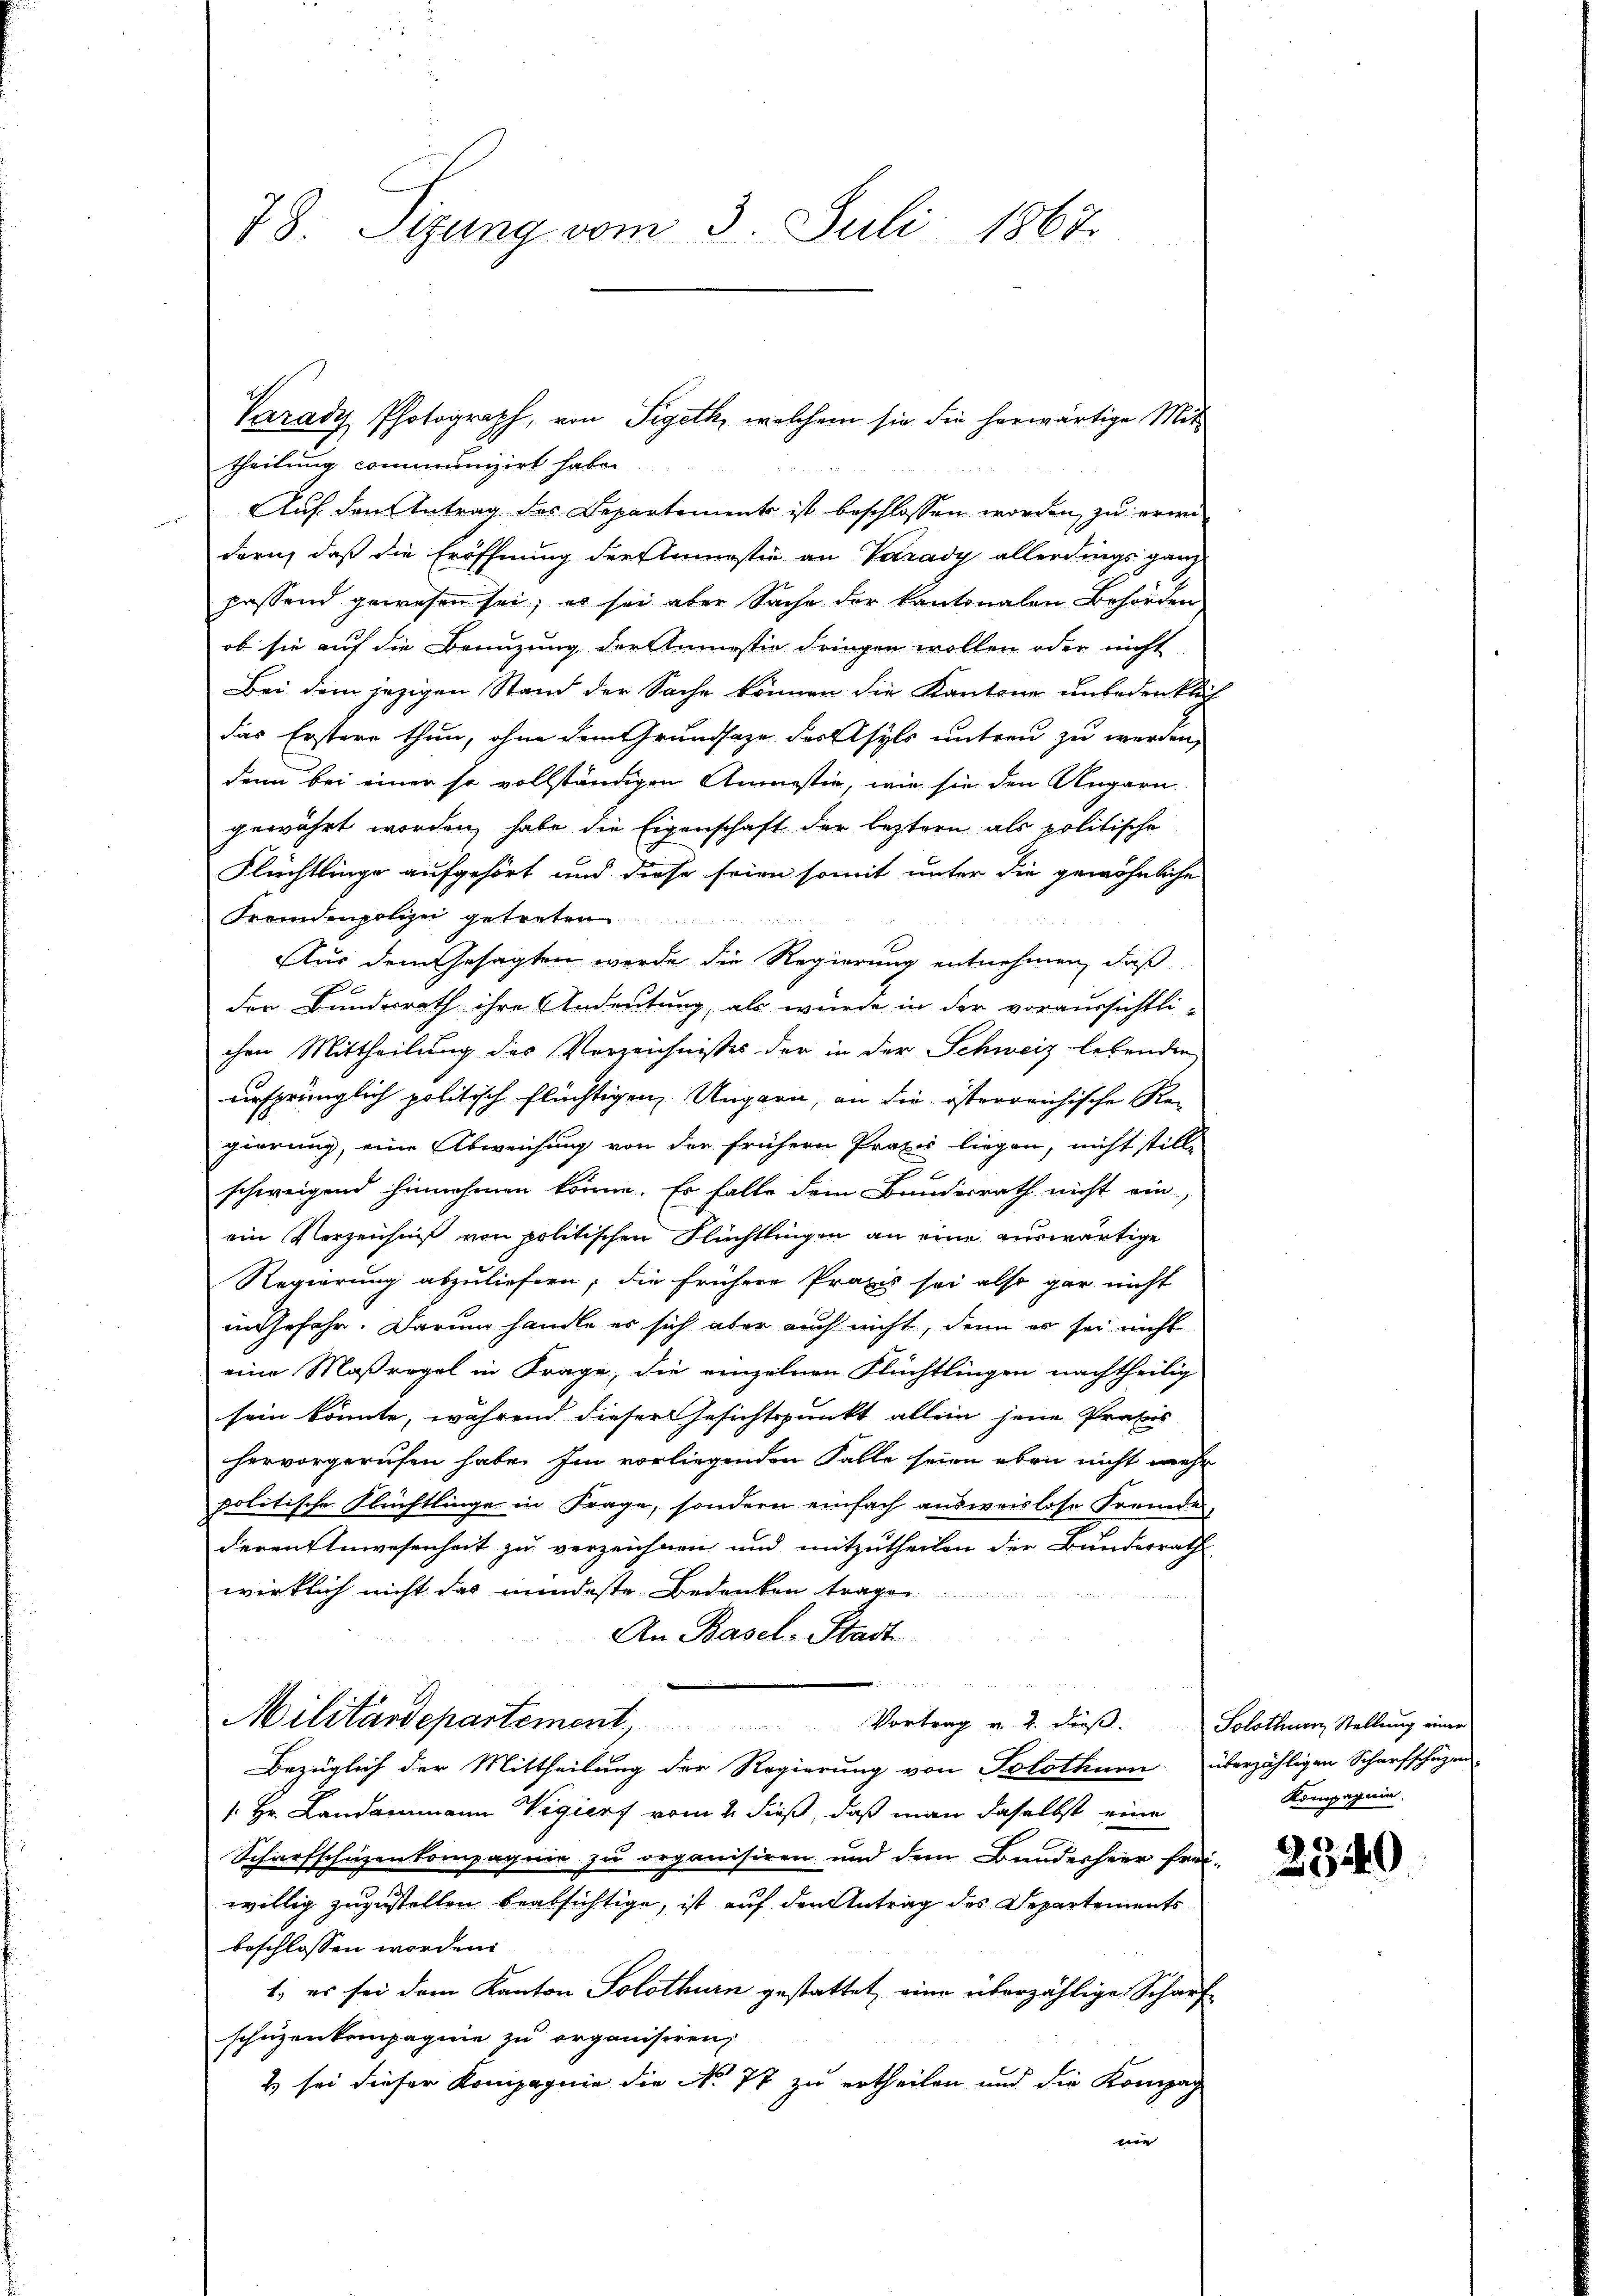
78. Sigung vom 3. Juli 1867.

Auf den Antrag des Departements ist beschlossen worden zu erwi
dern, daß die Eröffnung der Amnestie an Varady allerdings ganz
passend gewesen sei; es sei aber Sache der kantonalen Behörden
ob sie auf die Benuzung der Anmastie dringen wollen oder nicht
Bei dem jezigen Stand der Sache können die Kantone unbedenklich
das Erstere thun, ohne dem Grundsaze des Asyls untern zu werden,
dann bei einer so vollständigen Anmessin, wie sie den Angarn
gewährt worden, habe die Eigenschaft der leztern als politische
Flüchtlinge aufgehört und diese seien somit unter die gewöhnliche
Fremdenpolizei getreten
Aus dem Gesagten werde die Regierung entnehmen, daß
der Bundesrath ihre Andeutung, als wurde in der voraussichtli-
chen Mittheilung des Verzeichnisses der in der Schweiz lebenden
ursprünglich politisch flüchtigen Ungarn, an die österreichische Regierung, eine Abweichung von der frühern Praxis liegen, nicht stille
schweigend hinnehmen könne. Er falle dem Bundesrath nicht ein
ein Vorzeichniß von politischen Flüchtlingen an eine auswärtige
Regierung abzuliefern, die frühere Praxis sei also gar nicht
in Gefahr. Darum handle es sich aber auch nicht, denn es sei nicht
eine Maßregel in Frage, die einzelnen Flüchtlingen nachtheilig
sein könnte, während dieser Gesichtspunkt allein jene Praxis
hervorgerufen habe. Im vorliegenden Falle seien eben nicht mehr
politische Flüchtlinge in Frage, sondern einfach ausweislose Fremde
deren Anwesenheit zu verzeichnen und mitzutheilen der Bundesrath
wirklich nicht das mindeste Bedenken trage
An Basel-Stadt
e
Militärdepartement, Vortrag u. 2. dieβ. Solothum Stellŭng einer
Bezüglich der Mittheilung der Regierung von Solothurn überzähligen Scharfschüzen
 Hr. Landammann Vigiert vom 2. dieß, daß man daselbst eine
Scharfschüzenkompagnie zu organisiren und dem Bundesheer frei-
willig zuzustellen beabsichtige, ist auf den Antrag des Departements
beschlossen worden.
1; es sei dem Kanton Solothurn gestattet, eine überzählige Scharfschüzenkompagnie zu organisiren,
2 sei dieser Kompagnie die No 77 zu ertheilen und die Kompag
me

Varady Photograph, von Sigeth, welchem sie die herwärtige Mit-
theilung communizirt habe

Kompagnie.

2340